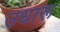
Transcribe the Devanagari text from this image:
उधारू